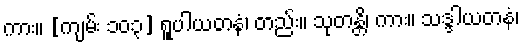
ကား။ [ကျမ်း ၁၀၃] ရူပါယတနံ၊ တည်း။ သုတန္တိ၊ ကား။ သဒ္ဒါယတနံ၊